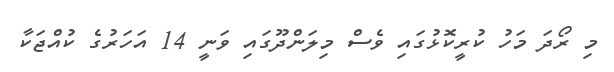
މި ރޯދަ މަހު ކުރީކޮޅުގައި ވެސް މިލަންދޫގައި ވަނީ 14 އަހަރުގެ ކުއްޖަކާ